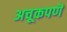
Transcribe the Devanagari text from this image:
अचूकपणॆ